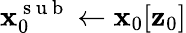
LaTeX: \mathbf{x}_{0}^{\mathrm{~s~u~b~}}\gets\mathbf{x}_{0}[\mathbf{z}_{0}]